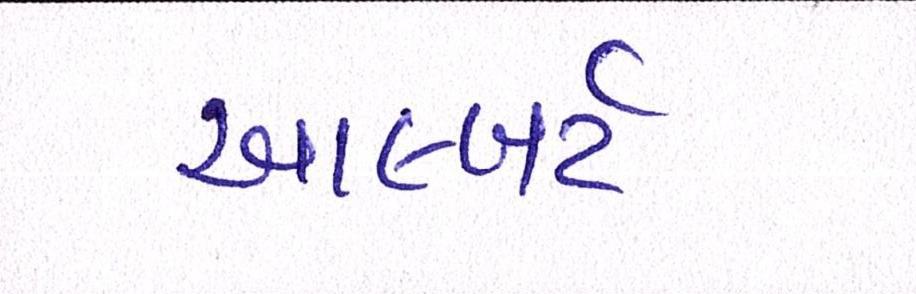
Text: આલ્બર્ટ